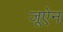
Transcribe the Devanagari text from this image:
जूऐन